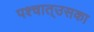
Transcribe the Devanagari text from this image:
पश्‍चात्‌उसका